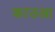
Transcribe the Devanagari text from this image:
काउआ